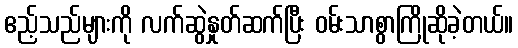
ဧည့်သည်များကို လက်ဆွဲနှုတ်ဆက်ပြီး ဝမ်းသာစွာကြိုဆိုခဲ့တယ်။